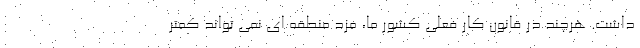
داشت. هرچند در قانون کار فعلی کشور ما، مزد منطقه ای نمی تواند کمتر